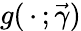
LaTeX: g(\, \cdot\, ;\vec{\gamma})